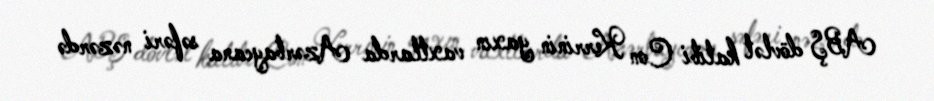
ABŞ dövlət katibi Con Kerrinin yaxın vaxtlarda Azərbaycana səfəri nəzərdə